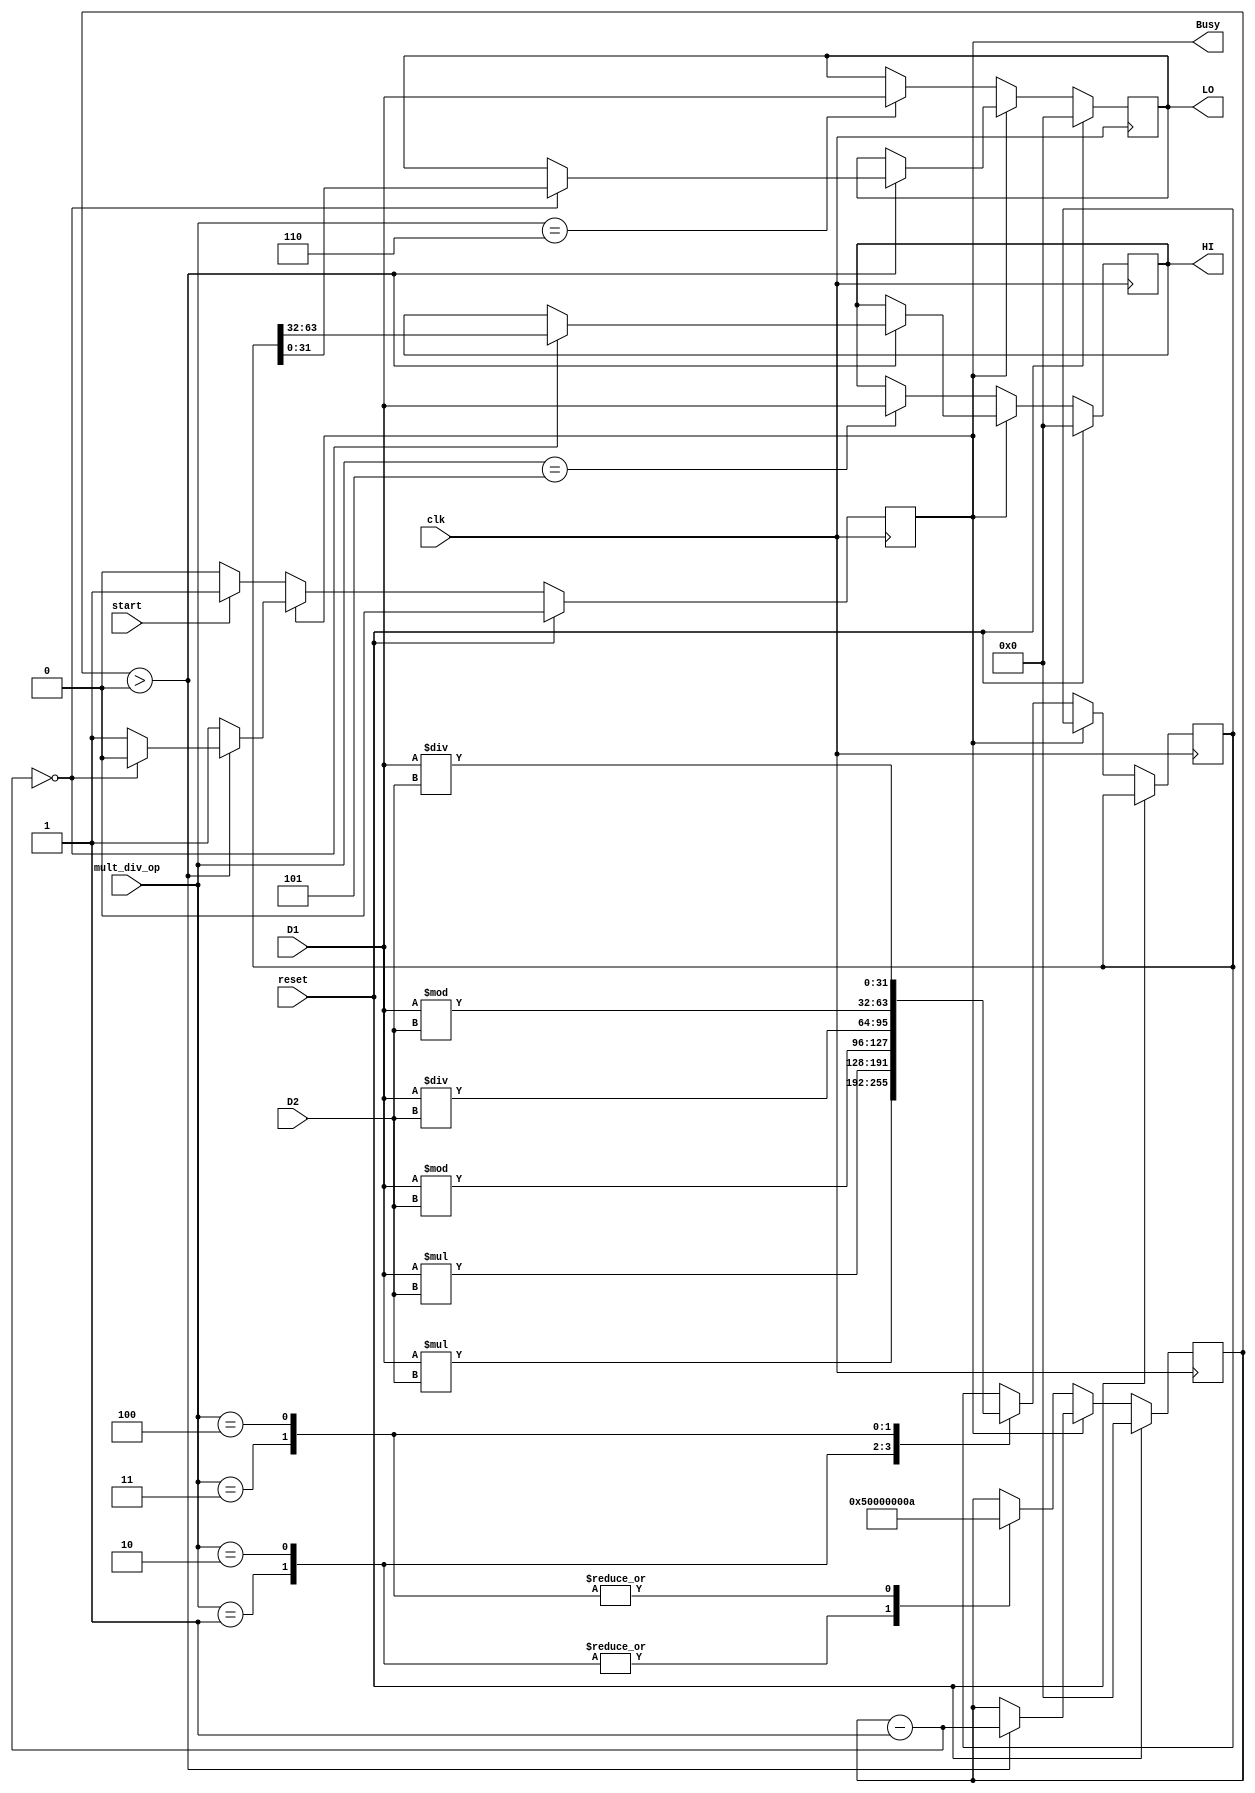
`timescale 1ns / 1ps
//////////////////////////////////////////////////////////////////////////////////
// Company: 
// Engineer: 
// 
// Design Name: 
// Module Name:    mult_div 
// Project Name: 
// Target Devices: 
// Tool versions: 
// Description: 
//
// Dependencies: 
//
// Revision: 
// Revision 0.01 - File Created
// Additional Comments: 
//
//////////////////////////////////////////////////////////////////////////////////
module mult_div(
	input clk,
	input reset,
    input [31:0] D1,
    input [31:0] D2,
    input [2:0] mult_div_op,
    input start,
    output reg Busy,
    output [31:0] HI,
    output [31:0] LO
    );
	reg [31:0] hi,lo;
	reg [31:0] i;
	reg [63:0] temp;
	initial 
		begin
			hi=32'b0;
			lo=32'b0;
			Busy=1'b0;
			i=0;
		end
	always@(posedge clk)
		begin
			if(reset)
				begin
					hi<=32'b0;
					lo<=32'b0;
					i<=0;
					Busy<=1'b0;
				end
			else if(Busy==1'b0)
				begin
					if(start)
						begin
							Busy<=1'b1;
						end
					case(mult_div_op)
						3'b001://multu
							begin
								temp<=D1*D2;
								i<=5;
							end
						3'b010://mult
							begin
								temp<=$signed(D1)*$signed(D2);
								i<=5;
							end
						3'b011://divu
							begin
								temp<={D1%D2,D1/D2};
								i<=10;
							end
						3'b100://div
							begin
								temp<={$signed(D1)%$signed(D2),$signed(D1)/$signed(D2)};
								i<=10;
							end
						3'b101://mthi
							begin
								hi<=D1;
							end
						3'b110://mtlo
							begin
								lo<=D1;
							end
					endcase
				end
			else if(Busy==1'b1)
				begin
					if(i>0)
						begin
							i=i-1;
							if(i==0)
								begin
									{hi,lo}<=temp;
									Busy<=0;
								end
						end
				end
		end			
	assign HI=hi;
	assign LO=lo;	
					

endmodule